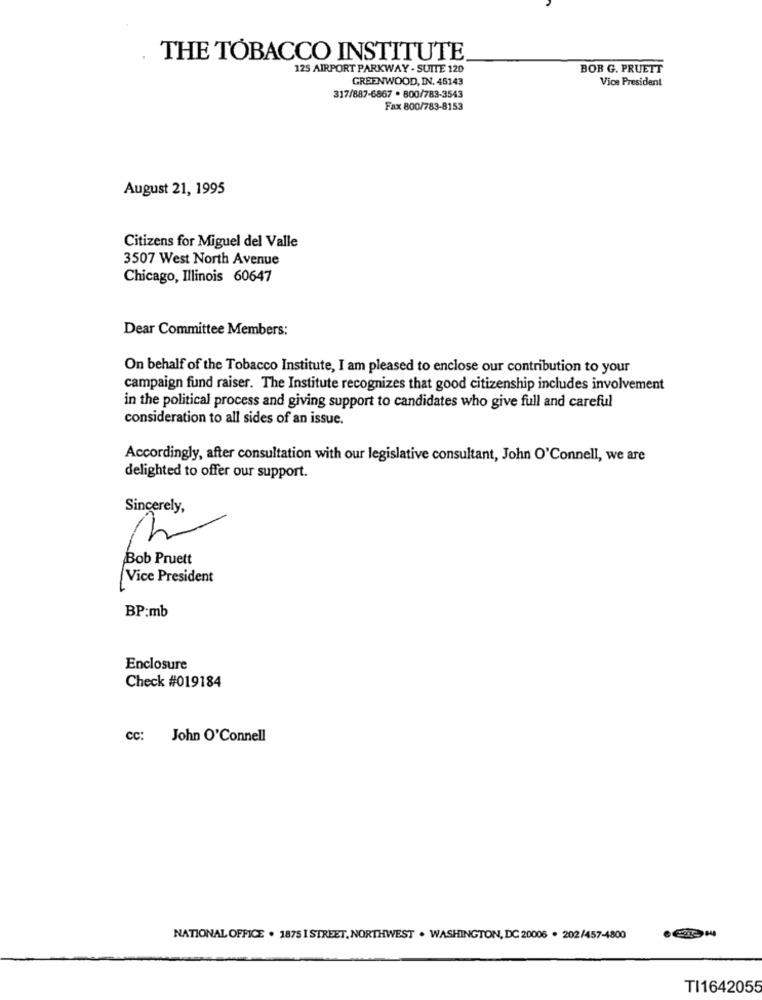
THE TOBACCO INSTITUTE
125 AIRPORT PARKWAY - SUITE 120
BOR G. PRUETT
GREENWOOD, IN. 46143
Vice President
317/887-6867 . 800/783-3543
Fax 800/783-8153
August 21, 1995
Citizens for Miguel del Valle
3507 West North Avenue
Chicago, Illinois 60647
Dear Committee Members:
On behalf of the Tobacco Institute, I am pleased to enclose our contribution to your
campaign fund raiser. The Institute recognizes that good citizenship includes involvement
in the political process and giving support to candidates who give full and careful
consideration to all sides of an issue.
Accordingly, after consultation with our legislative consultant, John O'Connell, we are
delighted to offer our support.
Sincerely,
Bob Pruett
Vice President
BP:mb
Enclosure
Check #019184
cc: John O'Connell
NATIONAL OFFICE . 1875 I STREET, NORTHWEST . WASHINGTON, DC 20006 . 202/457-4800
TI1642055